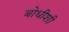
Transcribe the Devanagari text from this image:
बोधीशी